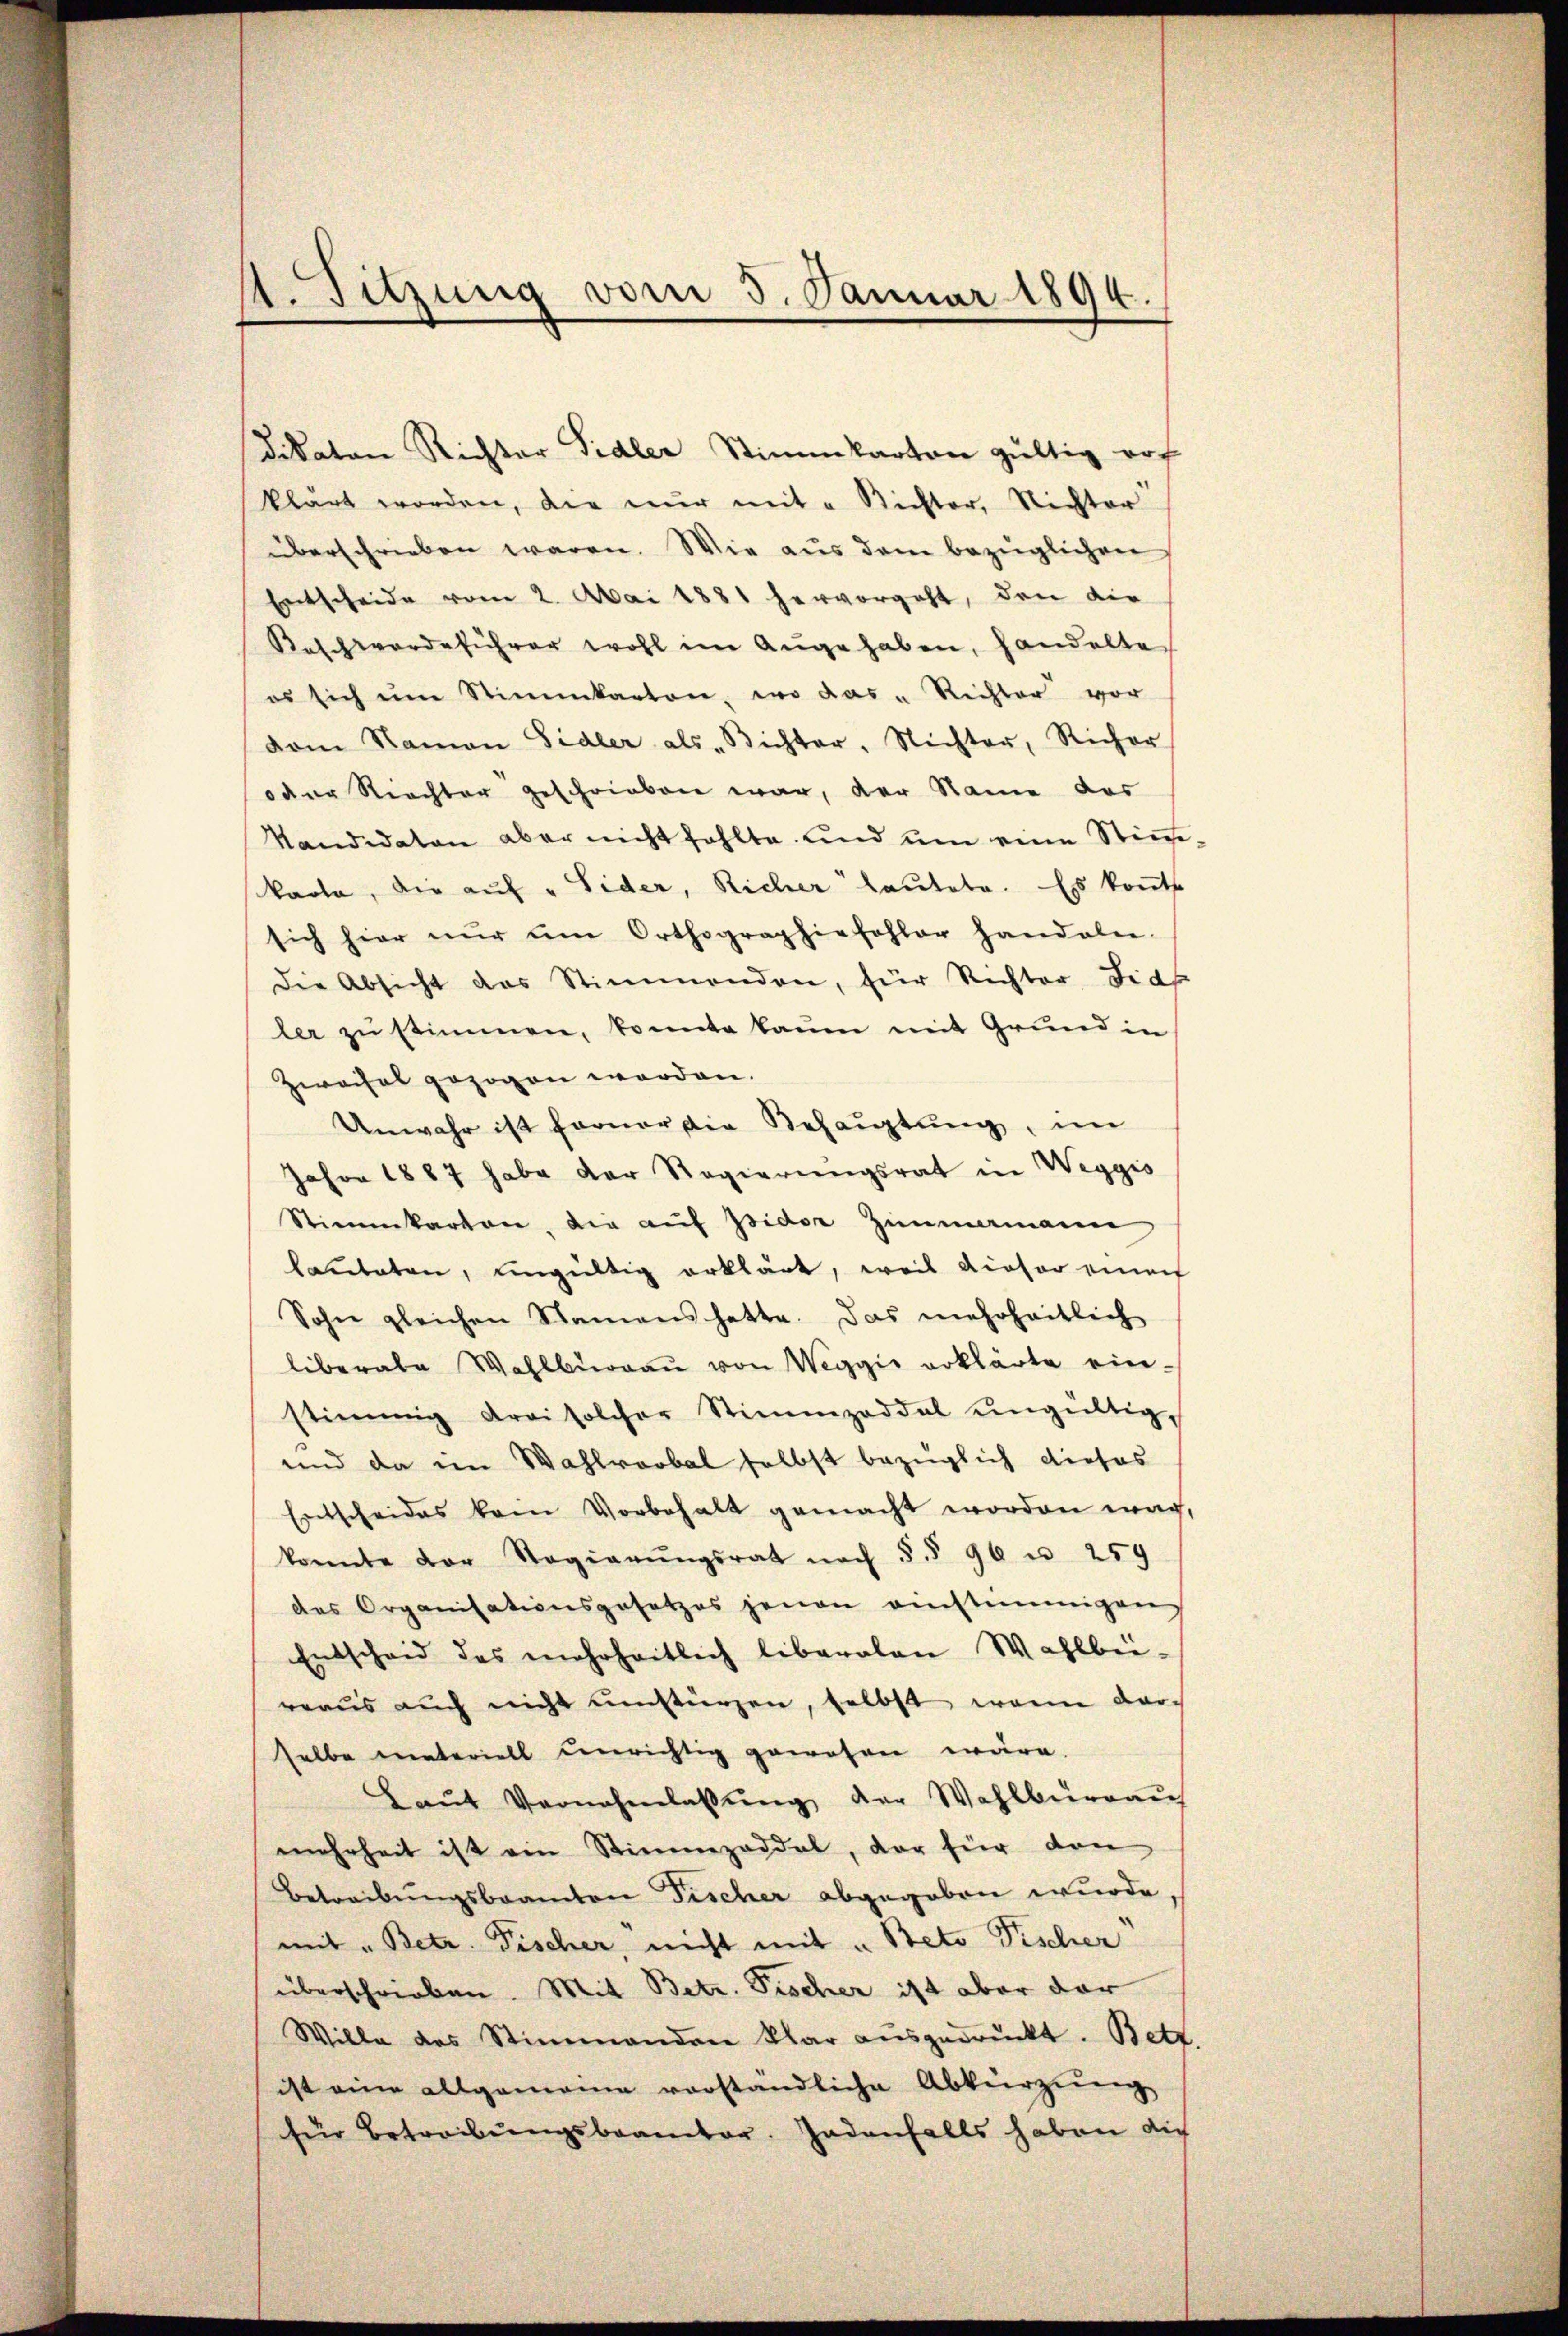
1. Sitzung vom 5. Januar 1894.

vom Namen Sidler als „Richter, Nichter, Richer
oder Richter geschrieben war, der Name das
Kandidaten aber nicht fehlte und ŭm eine Stimm-
kaota, die aŭf "Sider, Richer lautete. Es konnte
sich hier nŭr am Orthographiefohler Handalen.
Die Absicht des Stimmenden, für Richter Fide
ler zŭ stimmen, konnte kaum mit Grund in
Zwachel gezogen worden.
Unwahr ist ferner die Behauptung, im
Jahre 1887 habe der Regierungsrat in Weggis
Stimmkarten, die aŭf Isidor Zimmermann
lauteten, eingültig erklärt, weil dieser einer
Sohn gleichen Namens hatte. Das mehrheitlich
liberale Wahlbŭrgaŭ von Weggis erklärte ein-
stimmig drei solcher Stimmzeddel ungültig,
und da im Wahlvorbal selbst bezüglich dieses
Entscheides kein Vorbehalt gemacht worden war,
konnte der Regierŭngsrat nach § § 96 u. 259
des Organisationsgesetzes jenen einstimmigen
Entscheid des mehrheitlich liberalen Wahlbei-
rraus auch nicht umstürzen, selbst, wenn darselbe materiell unrichtig gewesen wäre.
Laŭt Vernehmlassŭng der Wahlbürger
mehrheit ist ein Stimmzeddel, der für den
Betreibŭngsbeamten Fischer abgegeben wurde.
mit „Betr. Fischer, nicht mit „Beto Tischer
überschrieben. Mit Betr. Fischer ist aber dar
Wille des Stimmenden klar ausgedrückt. Bett.
ist eine allgemeine vorständliche Abkürzung
für Betreibŭngsbeamter. Jedenfalls haben dich

klärt worden, die nur mit " Richter, Nichter
überschrieben waren. Wie aus dem bezüglichen
Entscheide vom 2. Mai 1881 hervorgeht, den die
Kaschwerdeführer wohl im Auge haben, handelte
es sich ŭm Stimmkanton, wo das " Richter vor

dikaten Richter Sidler Stimmkarton gültig rof